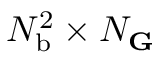
N _ { \mathrm { b } } ^ { 2 } \times N _ { \mathbf G }